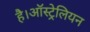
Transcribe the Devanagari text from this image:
है।ऑस्ट्रेलियन